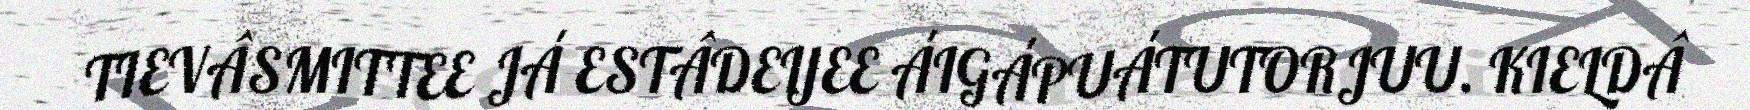
TIEVÂSMITTEE JÁ ESTÂDEIJEE ÁIGÁPUÁTUTORJUU. KIELDÂ